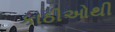
કાઠીઓથી